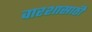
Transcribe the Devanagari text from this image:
वारशासाठी